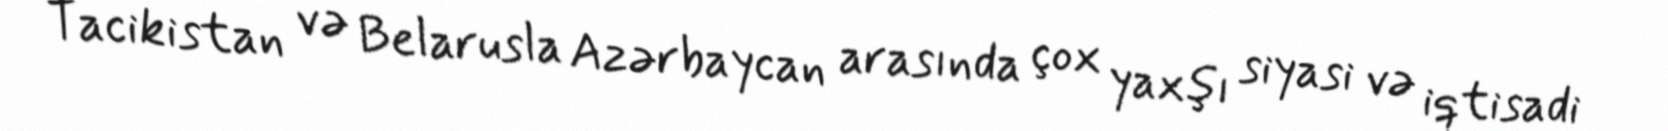
Tacikistan və Belarusla Azərbaycan arasında çox yaxşı siyasi və iqtisadi